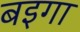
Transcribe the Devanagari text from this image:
बइगा